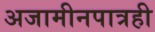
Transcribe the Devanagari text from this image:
अजामीनपात्रही